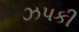
ઝપકી